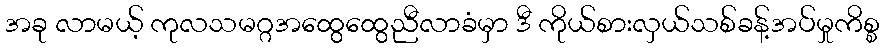
အခု လာမယ့် ကုလသမဂ္ဂအထွေထွေညီလာခံမှာ ဒီ ကိုယ်စားလှယ်သစ်ခန့်အပ်မှုကိစ္စ